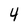
Character: 4